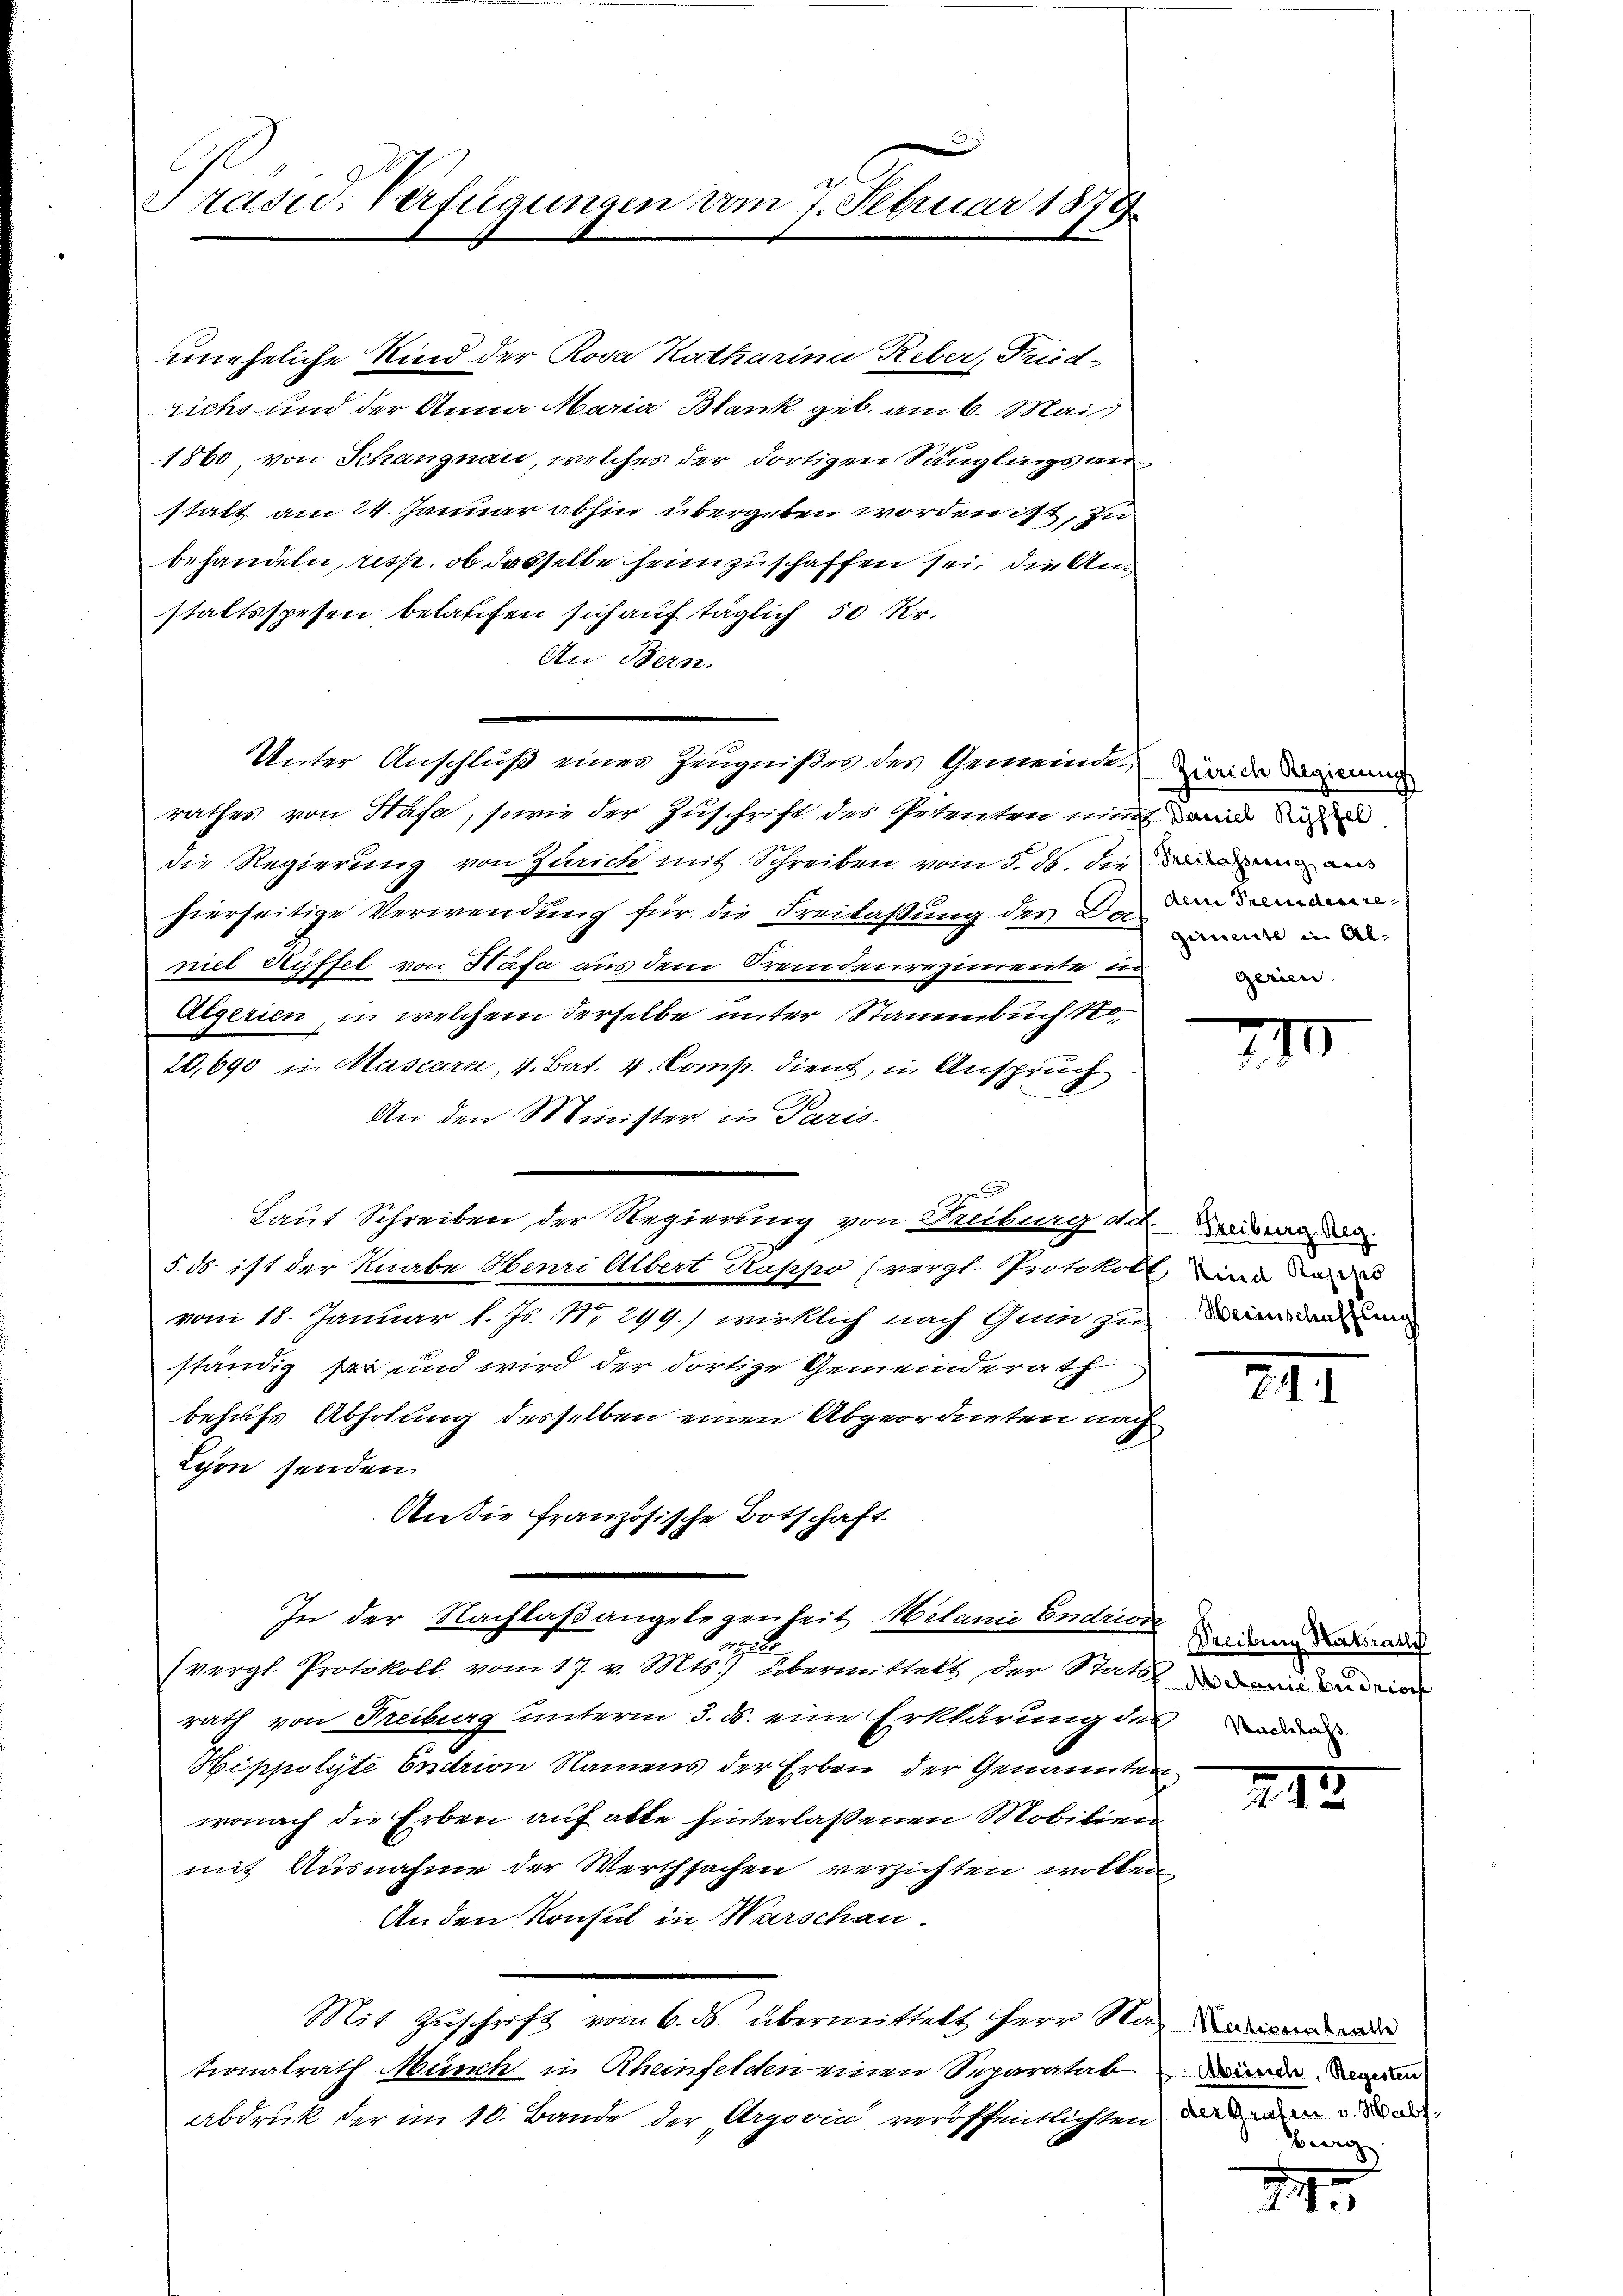
3
Präsid. Verfügungen am 7. Februar 1878

uneheliche Kind der Rosa Katharina Reber, Frid-
richs und der Anna Maria Blank geb. am 6. Mai
1860, von Schangnau, welches der dortigen Säuglings anstatt am 24. Januar abhin übergeben worden ist, zu
behandeln, resp. ob dasselbe heimzuschaffen sei, die Anstaltsspesen belaufen sich auf täglich 50 Kr.
An Bern.
rathes von Hasa, sowie der Zuschrift des Petenten nimt an die
die Regierung von Zürich mit Schreiben vom 5. ds. die au
hierseitige Verwendung für die Freilaßung der der in de
niel Seyffel von Häfa aus dem Fremdenregimente in
Algerien, in welchem derselbe unter Stammbuch 10
20,690 in Mascara, 4. Bat. 4. Comp. dient, in Anspruch
An den Minister in Paris.
x
Laut Schreiben der Regierung von Freiburg d. d. Kreiswalde
5. ds. ist der Knabe Henri Albert Rappo (vergl. Protokoll, und in die
vom 18. Januar l. Js. No 299.) wirklich nach Guin zuwanden un
ständig ser und wird der dortige Gemeinderath
behufs Abholung desselben einen Abgeordneten nach
Lehon senden.
An die französische Botschaft
In der Nachlaßangelegenheit Melanie Endrior
g
(vergl. Protokoll vom 17. v. Mts.) übermittels der Statt zu dem andrien
rath von Freiburg unterm 3. ds. eine Erklärung des
Hippolyte Entrion Namens der Erben der Genannten
wonach die Erben auf alle hinterlassenen Mobilien
mit Ausnahme der Werthsachen verzichten wollen
An den Konsul in Warschau.
Mit Zuschrift vom 6. ds. übermittelt Herr Nationalrath Münch in Rheinfelden einen Separatab
Abdruck der im 10. Bande der Argović veröffentlichten

Unter Anschluß einer Zeugnißes des Gemeinde zuwider dem

Alm Freudente
gerien.

770

z

III

Freiburg Natrath

212

Nationsbeite
Absönsch, Regesten
der Graben v. Habs
Burg

14